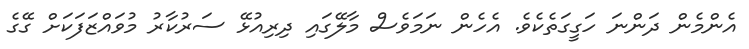
އެންމެން ދަންނަ ހަގީގަތެކެވެ. އެހެން ނަމަވެސް މާލޭގައި ދިރިއުޅޭ ސަރުކާރު މުވައްޒަފަކަށް ގޭގެ